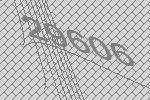
29606